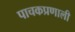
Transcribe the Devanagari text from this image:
पाचकप्रणाली